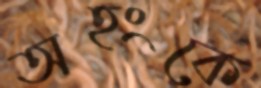
অহংকে